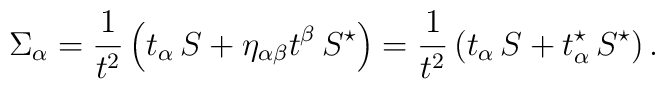
\Sigma_{\alpha}= {1\over t^2}\left(t_{\alpha}\,S +    \eta_{\alpha\beta}t^\beta\,S^\star\right)={1\over    t^2}\left(t_{\alpha}\,S +    t^\star_\alpha\,S^\star\right).